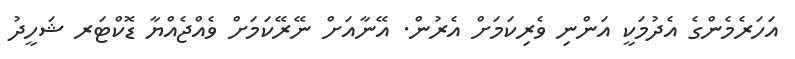
އަހަރެމެންގެ އެދުމަކީ އަންނި ވެރިކަމަށް އެރުން. އޭނާއަށް ނޭރޭކަމަށް ވެއްޖެއްޔާ ޑޮކްޓަރ ޝަހީދު